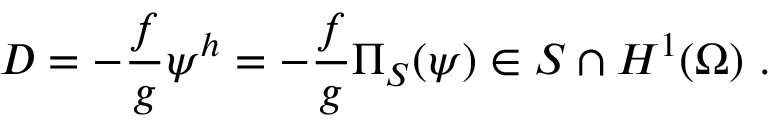
D = - \frac { f } { g } \psi ^ { h } = - \frac { f } { g } \Pi _ { S } ( \psi ) \in S \cap H ^ { 1 } ( \Omega ) \mathrm { ~ . ~ }